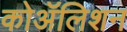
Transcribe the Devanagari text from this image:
कोॲलिशन